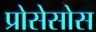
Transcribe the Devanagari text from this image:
प्रोसेसोस